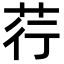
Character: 荇